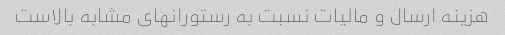
هزینه ارسال و مالیات نسبت به رستورانهای مشابه بالاست